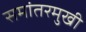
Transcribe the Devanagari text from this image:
समांतरमुखी